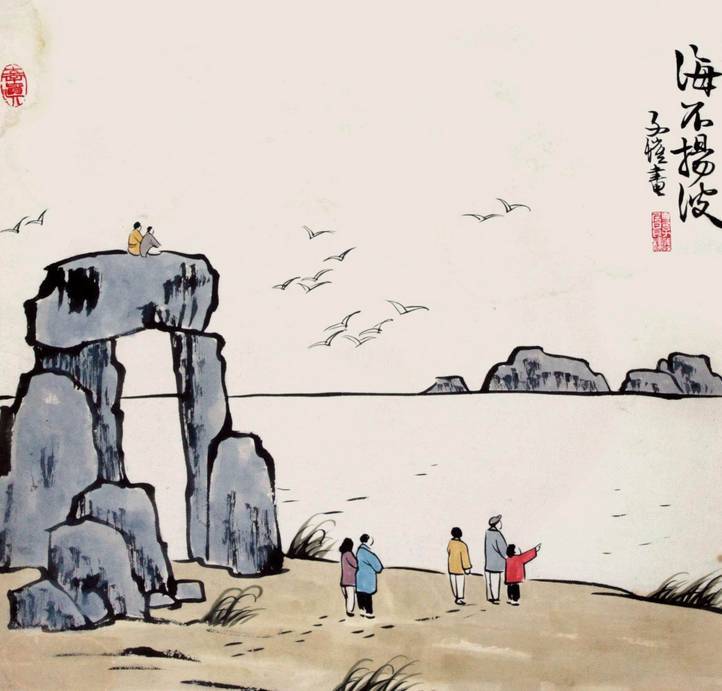
露从今夜白，月是故乡明。